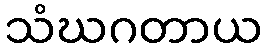
သံဃဂတာယ